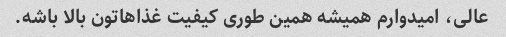
عالی، امیدوارم همیشه همین طوری کیفیت غذاهاتون بالا باشه.